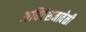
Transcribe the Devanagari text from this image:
अधिवेशनावेळी